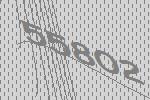
55802